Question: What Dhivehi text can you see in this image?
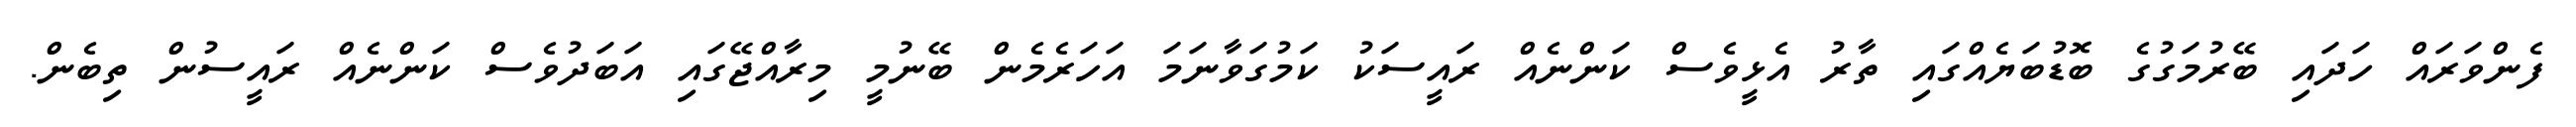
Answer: ފެންވަރައް ހަދައި ބޭރުމަގުގެ ބޮޑުބަޔެއްގައި ތާރު އެޅީވެސް ކަންނެއް ރައީސަކު ކަމުގަވާނަމަ އަހަރެމެން ބޭނުމީ މިރާއްޖޭގައި އަބަދުވެސް ކަންނެއް ރައީސުން ތިބެން.